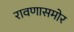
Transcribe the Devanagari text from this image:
रावणासमोर